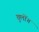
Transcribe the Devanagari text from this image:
वुलोंग